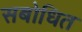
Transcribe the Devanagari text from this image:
सबोधित